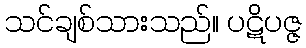
သင်ချစ်သားသည်။ ပဋိပဇ္ဇ